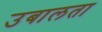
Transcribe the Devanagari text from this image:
उबालता